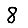
Digit: 8